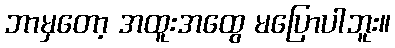
ဘာမှတော့ အထူးအထွေ မပြောပါဘူး။